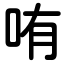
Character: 哊